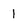
Character: 1